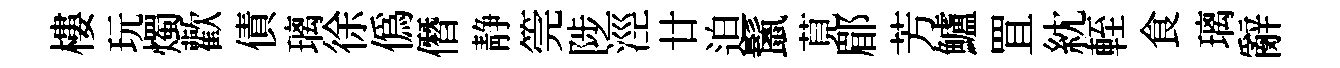
樓玩燭歡債璃徐僞僭静筦陟涇廿迫鬛莧郿芳鱸罝紞輊食璃辭